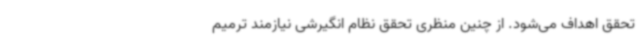
تحقق اهداف می‌شود. از چنین منظری تحقق نظام انگیرشی نیازمند ترمیم